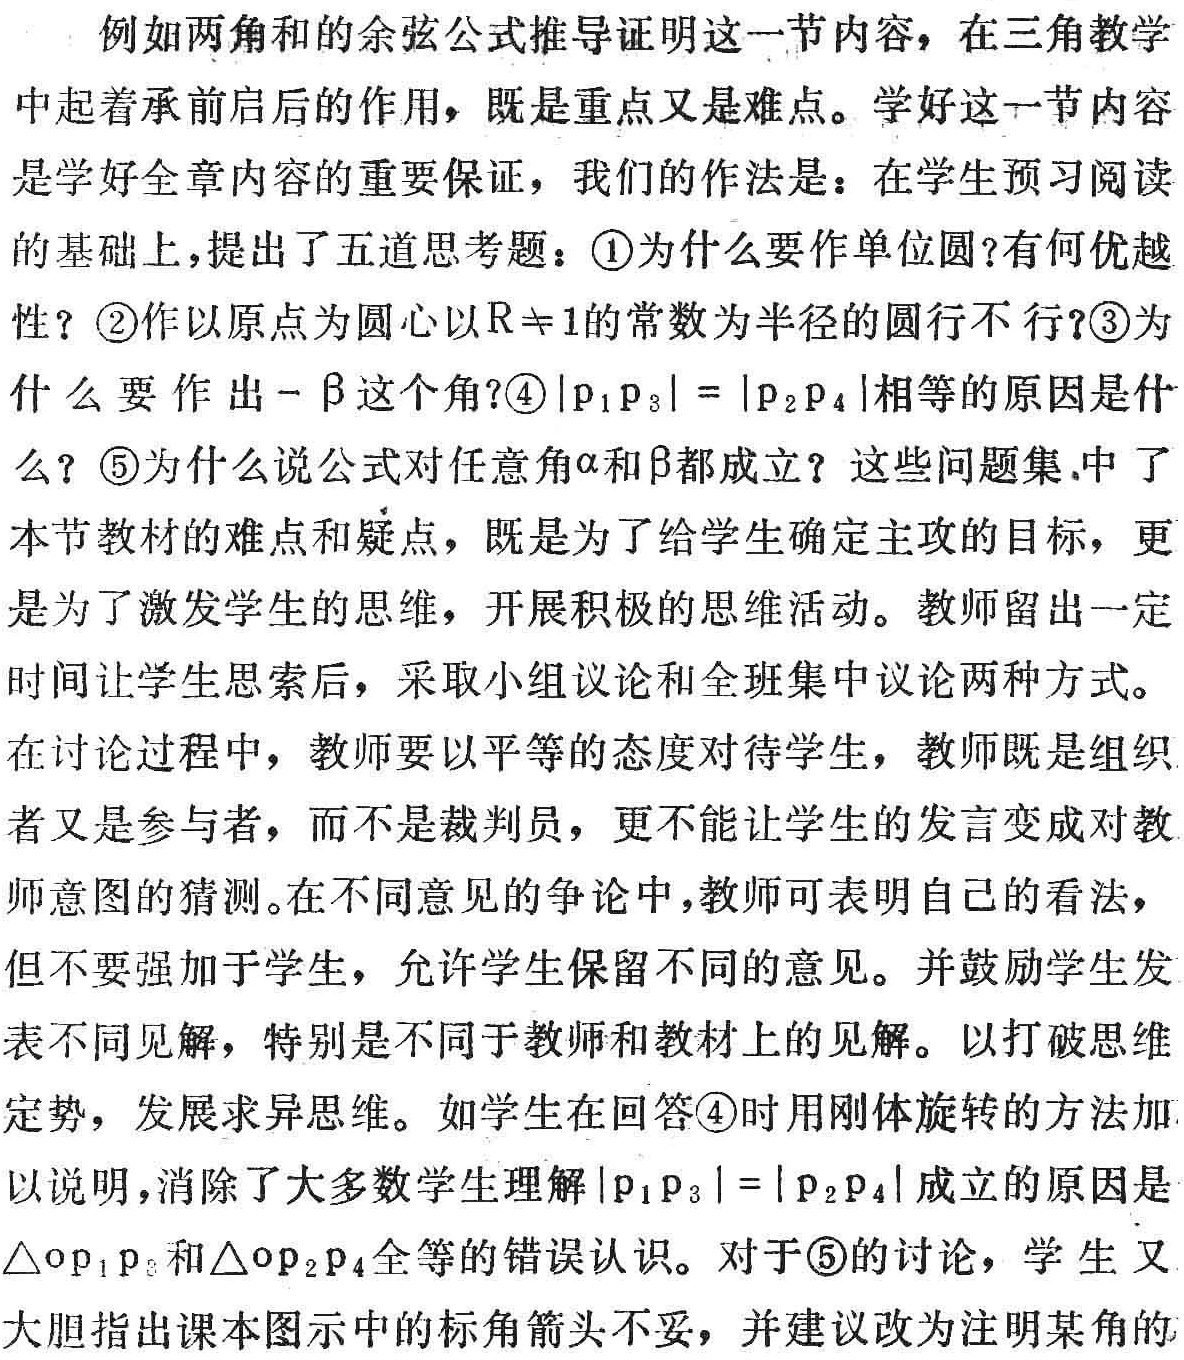
例如两角和的余弦公式推导证明这一节内容，在三角教学
中起着承前启后的作用，既是重点又是难点。学好这一节内容
是学好全章内容的重要保证，我们的作法是：在学生预习阅读
的基础上，提出了五道思考题：\textcircled{1}为什么要作单位圆?有何优越
性？\textcircled{2}作以原点为圆心以\(R\neq1\)的常数为半径的圆行不行?\textcircled{3}为
什么要作出\(-\beta\)这个角?\textcircled{4}\(\vert p_{1}p_{3}\vert=\vert p_{2}p_{4}\vert\)相等的原因是什
么？\textcircled{5}为什么说公式对任意角\(\alpha\)和\(\beta\)都成立？这些问题集.中了
本节教材的难点和疑点，既是为了给学生确定主攻的目标，更
是为了激发学生的思维，开展积极的思维活动。教师留出一定
时间让学生思索后，采取小组议论和全班集中议论两种方式。
在讨论过程中，教师要以平等的态度对待学生，教师既是组织
者又是参与者，而不是裁判员，更不能让学生的发言变成对教
师意图的猜测。在不同意见的争论中，教师可表明自己的看法，
但不要强加于学生，允许学生保留不同的意见。并鼓励学生发
表不同见解，特别是不同于教师和教材上的见解。以打破思维
定势，发展求异思维。如学生在回答\textcircled{4}时用刚体旋转的方法加
以说明，消除了大多数学生理解\(\vert p_{1}p_{3}\vert=\vert p_{2}p_{4}\vert\)成立的原因是
\(\triangle op_{1}p_{3}\)和\(\triangle op_{2}p_{4}\)全等的错误认识。对于\textcircled{5}的讨论，学生又
大胆指出课本图示中的标角箭头不妥，并建议改为注明某角的